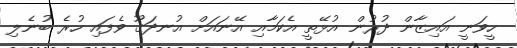
ހީވަނީ އައިޒާން ދުރުން އުޅޭތީ އެކަމާއި އޭނައަށް އުނދަގޫ ވެފައި ހުރެ ބުނެލި